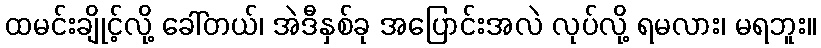
ထမင်းချိုင့်လို့ ခေါ်တယ်၊ အဲဒီနှစ်ခု အပြောင်းအလဲ လုပ်လို့ ရမလား၊ မရဘူး။